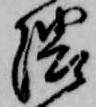
隈